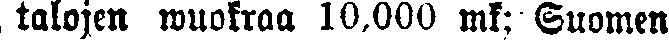
talojen wuokraa 10.000 mk; Suomen